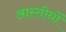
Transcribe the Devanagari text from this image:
आस्तीनों